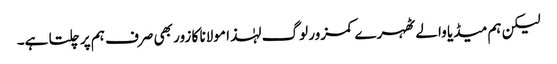
لیکن ہم میڈیا والے ٹھہرے کمزور لوگ لہٰذا مولانا کا زور بھی صرف ہم پر چلتا ہے۔